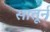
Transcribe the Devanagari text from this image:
सातूर्न